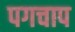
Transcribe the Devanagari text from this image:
पगचाप